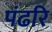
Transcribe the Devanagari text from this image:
पंढरि